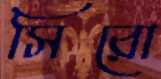
সিরো